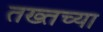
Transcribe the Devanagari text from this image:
तख्तच्या